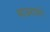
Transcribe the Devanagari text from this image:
भाऊरावाने